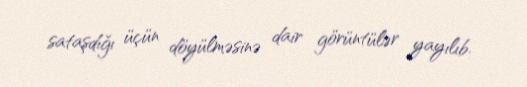
sataşdığı üçün döyülməsinə dair görüntülər yayılıb.